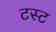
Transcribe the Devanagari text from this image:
टस्ट